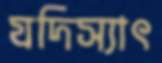
যদিস্যাৎ